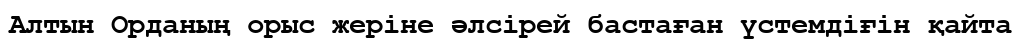
Алтын Орданың орыс жеріне әлсірей бастаған үстемдіғін қайта